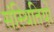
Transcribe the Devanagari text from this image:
संस्थितियों